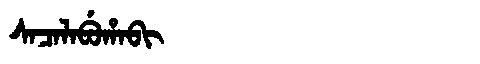
Manchu: ᠰᠠᠴᠠᠯᠠᠪᡠᡥᠠᠪᡳ
Romanization: SACALABUHABI